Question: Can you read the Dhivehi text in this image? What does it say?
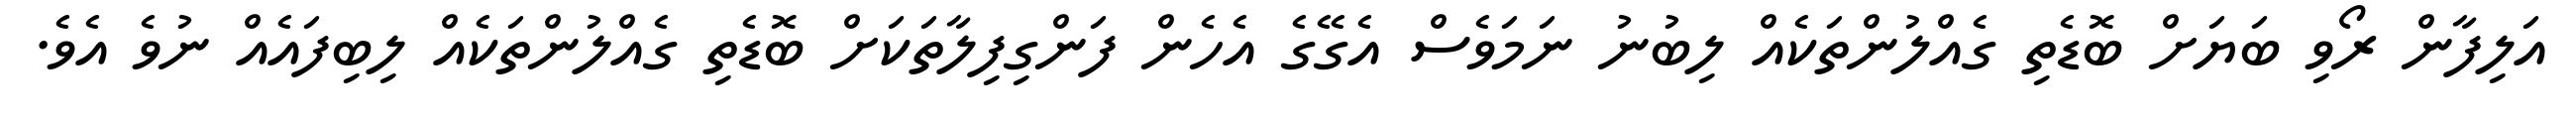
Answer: އަލިފާން ރޯވި ބަޔަށް ބޮޑެތި ގެއްލުންތަކެއް ލިބުނު ނަމަވެސް އެގޭގެ އެހެން ފަންގިފިލާތަކަށް ބޮޑެތި ގެއްލުންތަކެއް ލިބިފައެއް ނުވެ އެވެ.